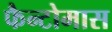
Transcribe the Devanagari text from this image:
फैन्टोमास